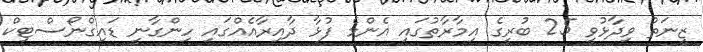
ޒީނަތު ވިދާޅުވީ 25 ބުރީގެ އިމާރާތުގައި އެންމެ ފުޅާ ދާއިރާއެއްގައި ހިންގާނީ ޑައިގްނޯސްޓިކް